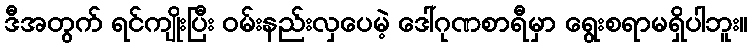
ဒီအတွက် ရင်ကျိုးပြီး ဝမ်းနည်းလှပေမဲ့ ဒေါ်ဂုဏစာရီမှာ ရွေးစရာမရှိပါဘူး။